Civil Veterinary Dept. Assam report 1927-50 - 1927-1950
Year: 1927
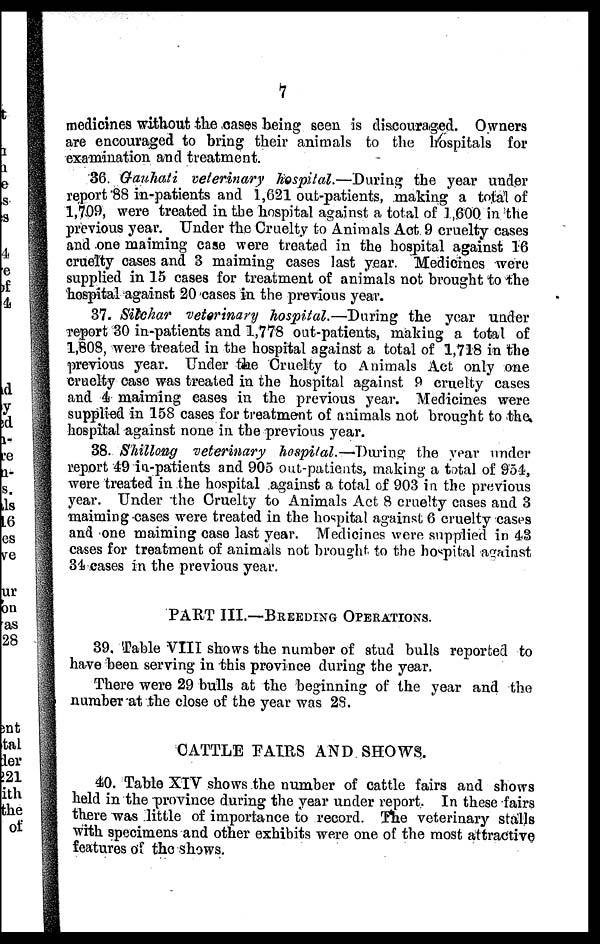
7
medicines without the cases being seen is discouraged. Owners
are encouraged to bring their animals to the hospitals for
examination and treatment.
36 Gauhati veterinary hospital.—During the year under
report 88 in-patients and 1,621 out-patients, making a total of
1,709, were treated in the hospital against a total of 1,600 in the
previous year. Under the Cruelty to Animals Act 9 cruelty cases
and one maiming case were treated in the hospital against 16
cruelty cases and 3 maiming cases last year. Medicines were
supplied in 15 cases for treatment of animals not brought to the
hospital against 20 cases in the previous year.
37. Silchar veterinary hospital.—During the year under
report 30 in-patients and 1,778 out-patients, making a total of
1,808, were treated in the hospital against a total of 1,718 in the
previous year. Under the Cruelty to Animals Act only one
cruelty case was treated in the hospital against 9 cruelty cases
and 4 maiming cases in the previous year. Medicines were
supplied in 158 cases for treatment of animals not brought to the
hospital against none in the previous year.
38. Shilloug veterinary hospital.—During the year under
report 49 in-patients and 905 out-patients, making a total of 954,
were treated in the hospital against a total of 903 in the previous
year. Under the Cruelty to Animals Act 8 cruelty cases and 3
maiming cases were treated in the hospital against 6 cruelty cases
and one maiming case last year. Medicines were supplied in 43
cases for treatment of animals not brought to the hospital against
34 cases in the previous year.
PART III.—BREEDING OPERATIONS.
39. Table VIII shows the number of stud bulls reported to
have been serving in this province during the year.
There were 29 bulls at the beginning of the year and the
number at the close of the year was 28.
CATTLE FAIRS AND SHOWS.
40. Table XIV shows the number of cattle fairs and shows
held in the province during the year under report. In these fairs
there was little of importance to record. The veterinary stalls
with specimens and other exhibits were one of the most attractive
features of the shows.